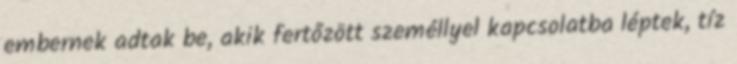
embernek adtak be, akik fertőzött személlyel kapcsolatba léptek, tíz